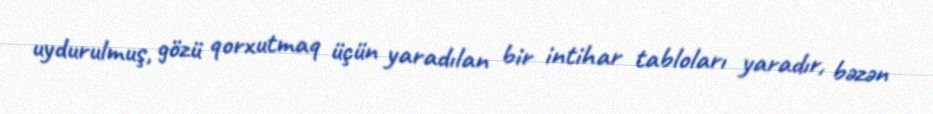
uydurulmuş, gözü qorxutmaq üçün yaradılan bir intihar tabloları yaradır, bəzən